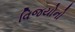
વિજયોનો